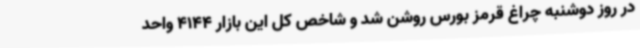
در روز دوشنبه چراغ قرمز بورس روشن شد و شاخص کل این بازار 4144 واحد